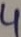
Text: 4